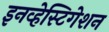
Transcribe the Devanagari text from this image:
इनव्हेस्टिगेशन